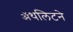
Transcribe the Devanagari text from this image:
ॲथलिटने